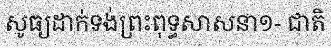
សូធ្យដាក់ទង់ព្រះពុទ្ធសាសនា១- ជាតិ